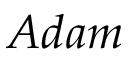
A d a m